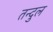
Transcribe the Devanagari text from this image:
तन्दुल